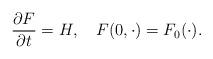
LaTeX: \begin{align*} \frac{\partial F}{\partial t} = H, \ \ \ F(0,\cdot) = F_0(\cdot).\end{align*}